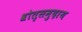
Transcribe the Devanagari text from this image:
श्रोतृसमुदाय